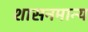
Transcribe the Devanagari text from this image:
शासनमान्‍य